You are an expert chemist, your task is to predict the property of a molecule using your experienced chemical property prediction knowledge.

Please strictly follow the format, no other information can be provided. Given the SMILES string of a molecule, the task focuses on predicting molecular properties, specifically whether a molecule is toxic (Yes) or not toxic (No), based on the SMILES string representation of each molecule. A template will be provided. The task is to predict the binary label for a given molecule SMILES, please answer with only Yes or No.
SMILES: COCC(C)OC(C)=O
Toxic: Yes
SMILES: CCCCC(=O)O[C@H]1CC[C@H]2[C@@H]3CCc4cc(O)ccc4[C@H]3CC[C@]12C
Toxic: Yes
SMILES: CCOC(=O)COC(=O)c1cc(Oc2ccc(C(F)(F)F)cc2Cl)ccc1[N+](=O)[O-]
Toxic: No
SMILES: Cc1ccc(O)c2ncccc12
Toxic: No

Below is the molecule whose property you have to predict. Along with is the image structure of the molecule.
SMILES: C#CC(C)(C)NC(=O)c1cc(Cl)cc(Cl)c1
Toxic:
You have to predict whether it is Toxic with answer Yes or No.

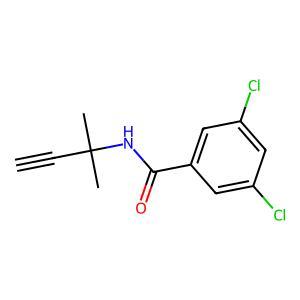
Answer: No